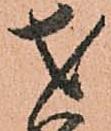
才